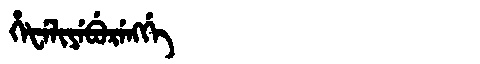
Manchu: ᡥᡝᡶᡝᠯᡳᠶᡝᠪᡠᡵᡝᠩᡤᡝ
Romanization: HEFELIYEBURENGGE